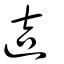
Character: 迼